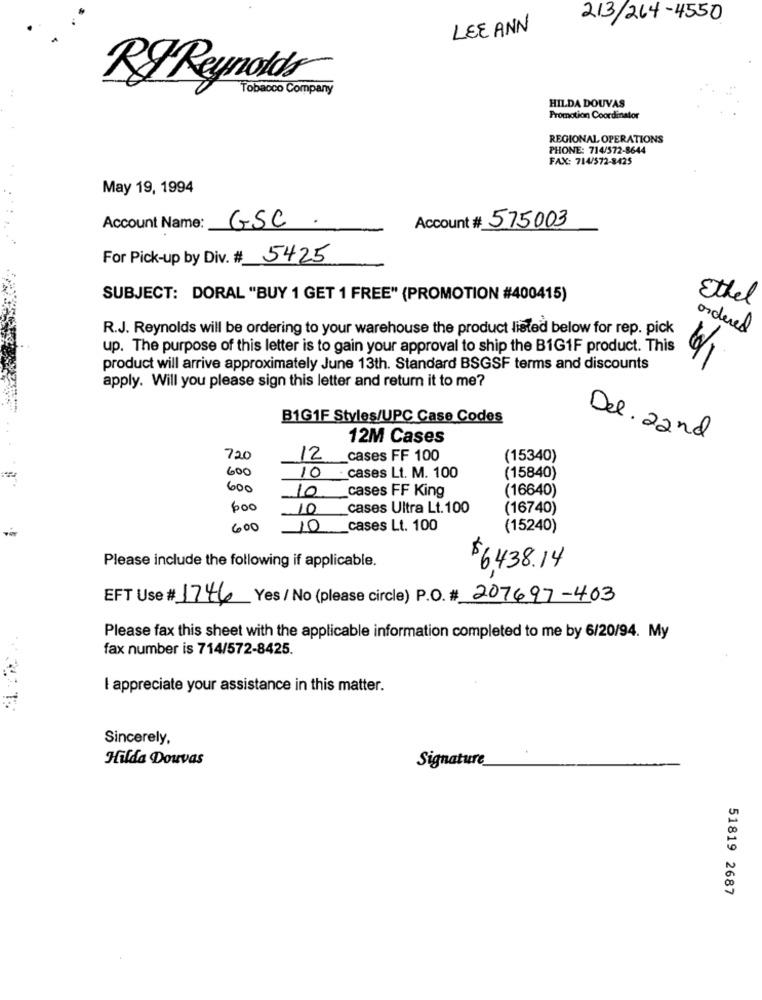
213/264-4550
LEE ANN
RJ Reynolds
Tobacco Company
HILDA DOUVAS
Promotion Coordinator
REGIONAL OPERATIONS
PHONE: 714/572-8644
FAX: 714/572-8425
May 19, 1994
GSC
Account # 575003
Account Name:
For Pick-up by Div. # 5425
SUBJECT: DORAL "BUY 1 GET 1 FREE" (PROMOTION #400415)
Ethel
R.J. Reynolds will be ordering to your warehouse the product listed below for rep. pick
ordered
up. The purpose of this letter is to gain your approval to ship the B1G1F product. This
product will arrive approximately June 13th. Standard BSGSF terms and discounts
apply. Will you please sign this letter and return it to me?
B1G1F Styles/UPC Case Codes
12M Cases
Del. 22nd
720
12
cases FF 100
(15340)
600
10 cases Lt. M. 100
(15840)
600
10
(16640)
cases FF King
600
10
cases Ultra Lt. 100
(16740)
600
10
cases Lt. 100
(15240)
Please include the following if applicable.
$6,438.14
EFT Use # 1746 Yes/ No (please circle) P.O. # 207697-403
Please fax this sheet with the applicable information completed to me by 6/20/94. My
fax number is 714/572-8425.
I appreciate your assistance in this matter.
Sincerely,
Hilda Douvas
Signature
51819 2687